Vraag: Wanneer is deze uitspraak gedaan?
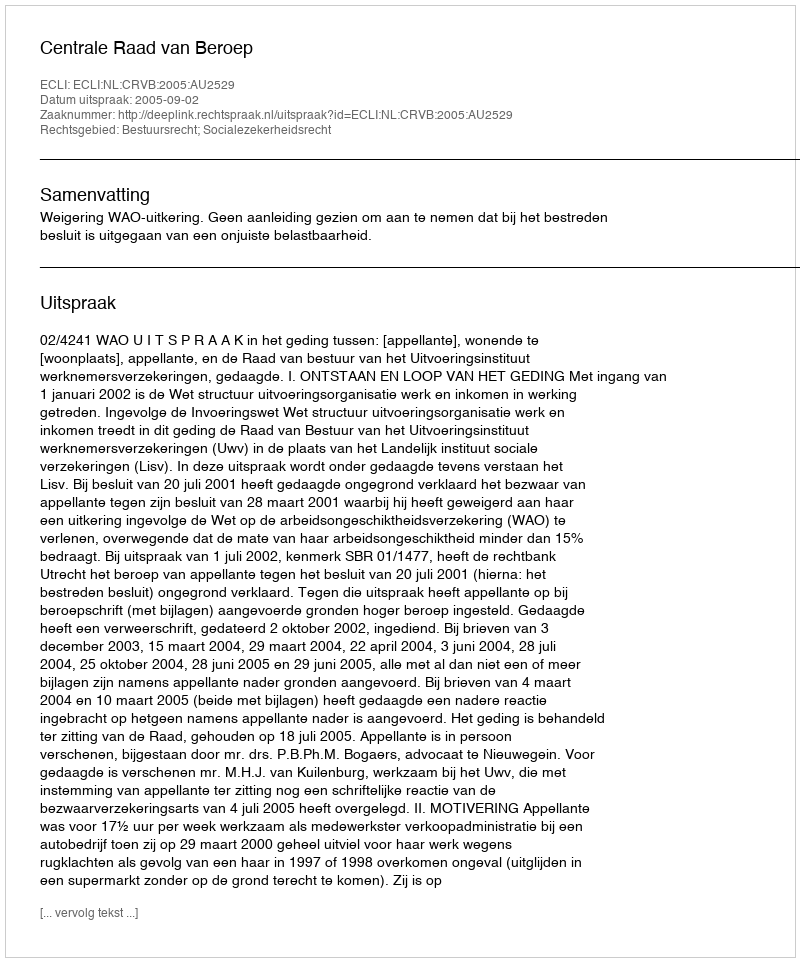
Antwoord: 2005-09-02